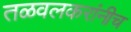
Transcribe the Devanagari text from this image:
तळवलकरांनीच